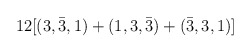
\begin{align*}12[(3, \bar{3}, 1) + (1, 3, \bar{3}) + (\bar{3}, 3, 1)]\end{align*}